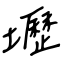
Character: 壢